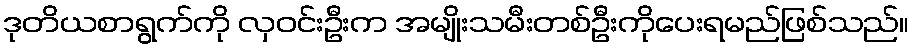
ဒုတိယစာရွက်ကို လှဝင်းဦးက အမျိုးသမီးတစ်ဦးကိုပေးရမည်ဖြစ်သည်။